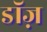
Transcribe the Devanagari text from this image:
डॉज़